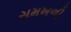
સમખળી